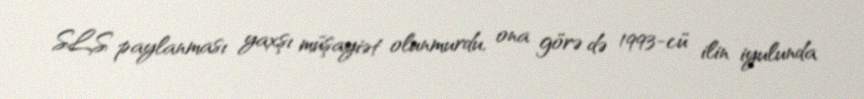
SLS paylanması yaxşı müşayiət olunmurdu, ona görə də 1993-cü ilin iyulunda